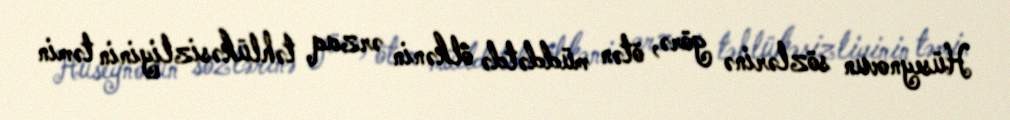
Hüseynovun sözlərinə görə, ötən müddətdə ölkənin ərzaq təhlükəsizliyinin təmin